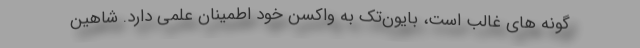
گونه های غالب است، بایون‌تک به واکسن خود اطمینان علمی دارد. شاهین